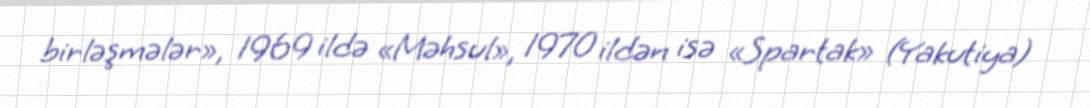
birləşmələr», 1969 ildə «Məhsul», 1970 ildən isə «Spartak» (Yakutiya)